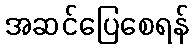
အဆင်ပြေစေရန်